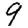
Digit: 9